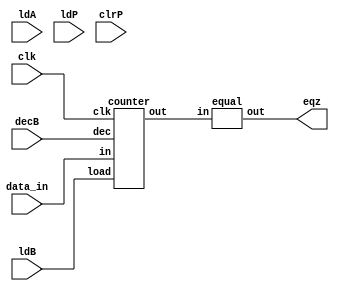
//datapath

module mul_datapath ( ldA, ldP, clrP, data_in, ldB, decB, eqz, clk);
    output eqz;
    input [15:0] data_in;
    input ldA, ldB, ldP, clk, clrP, decB;
    wire [15:0] X, Y, Z, Bout;

    PIPO1 A (X, data_in, ldA, clk);
    PIPO2 P (Y, Z, ldP, clk, clrP);
    counter B (Bout, data_in, ldB, decB, clk);
    adder add (Z, X, Y);
    equal eq (eqz, Bout); 
endmodule

module PIPO1(out, in, load, clk);
    output reg [15:0] out;
    input [15:0] in;
    input load, clk;
    always @(posedge clk ) begin
        if(load) out<=in;
    end
endmodule

module PIPO2(out, in, load, clk, clear);
    output reg [15:0] out;
    input [15:0] in;
    input load, clk, clear;
    always @(posedge clk ) begin
        if(clear) out<= 16'b0;
        else if(load) out<=in;
    end
endmodule

module adder(out, in1, in2);
    output reg [15:0] out;
    input [15:0] in1, in2;
    always @(*)
    begin
        out=in1+in2;
    end
endmodule

module counter(out, in, load, dec, clk);
    output reg [15:0] out;
    input [15:0] in;
    input clk, dec, load;
    always @(posedge clk )
        if(load) out<=in;
        else if(dec) out<=out-1;
    
endmodule

module equal(out, in);
    output out;
    input [15:0] in;
    assign out=(in==0);
endmodule


//control path
module mul_controlpath (ldA, ldB, ldP, clrP, decB, done, start, eqz, clk);
    output reg ldA, ldB, ldP, clrP, decB, done;
    input eqz, clk, start;
    reg [2:0] state;
    parameter S0=3'b000, S1=3'b001, S2=3'b010, S3=3'b011, S4=3'b100;

    always @(posedge clk ) 
    begin
        case (state)
            S0: if(start) state<=S1;
            S1: state<=S2;
            S2: state<=S3;
            S3: #2 if(eqz) state<=S4;
            S4: state<=S4;
            default: state<=S0;
        endcase
    end

    always @(state)
    begin
        case (state)
            S0: begin
                   #1 ldA=0; ldB=0; ldP=0; clrP=0; decB=0;done=0;
                end
            S1: begin
               #1 ldA=1;
            end
            S2: begin
                #1 ldA=0; ldB=1; clrP=1; 
            end
            S3: begin
                #1 ldB=0; ldP=1; clrP=0;  decB=1;
            end
            S4: begin
                #1 done=1; ldB=0; ldP=0; decB=0;
            end
            default: begin
                   #1 ldA=0; ldB=0; ldP=0; clrP=0; decB=0;
                end
        endcase
    end
endmodule